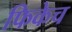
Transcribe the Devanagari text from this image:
फिकेच